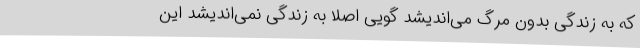
که به زندگی بدون مرگ می‌اندیشد گویی اصلا به زندگی نمی‌اندیشد این